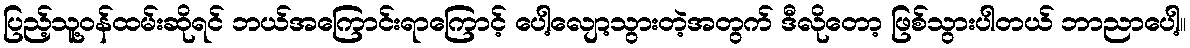
ပြည့်သူ့ဝန်ထမ်းဆိုရင် ဘယ်အကြောင်းရာကြောင့် ပေါ့လျော့သွားတဲ့အတွက် ဒီလိုတော့ ဖြစ်သွားပါတယ် ဘာညာပေါ့။